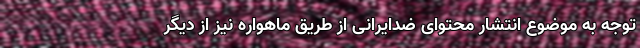
توجه به موضوع انتشار محتوای ضدایرانی از طریق ماهواره نیز از دیگر